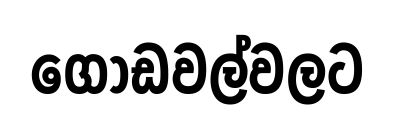
ගොඩවල්වලට